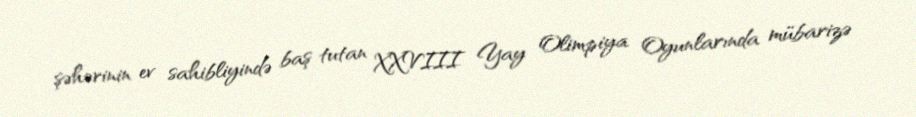
şəhərinin ev sahibliyində baş tutan XXVIII Yay Olimpiya Oyunlarında mübarizə